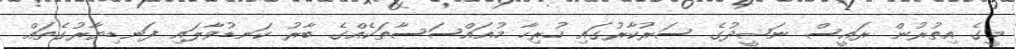
މީގެ އިތުރުން ރައީސް ނަޝީދުގެ ސަރުކާރުގައި ހުރިހާ މުއައްސަސާތަކެއްގެ ބާރު ކަނޑުވާލައި ފަނޑިޔާރުގެތައް